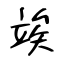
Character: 竢